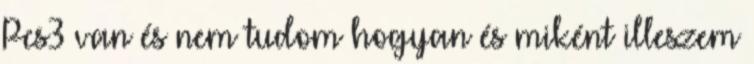
Pcs3 van és nem tudom hogyan és miként illeszem